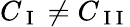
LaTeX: C_{\mathrm{~I~}}\neq C_{\mathrm{~I~I~}}